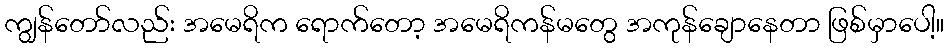
ကျွန်တော်လည်း အမေရိက ရောက်တော့ အမေရိကန်မတွေ အကုန်ချောနေတာ ဖြစ်မှာပေါ့။